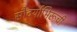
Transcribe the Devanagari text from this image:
सौंदर्याभिरूची